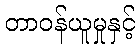
တာဝန်ယူမှုနှင့်